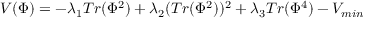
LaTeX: V ( \Phi ) = - \lambda _ { 1 } T r ( \Phi ^ { 2 } ) + \lambda _ { 2 } ( T r ( \Phi ^ { 2 } ) ) ^ { 2 } + \lambda _ { 3 } T r ( \Phi ^ { 4 } ) - V _ { m i n }